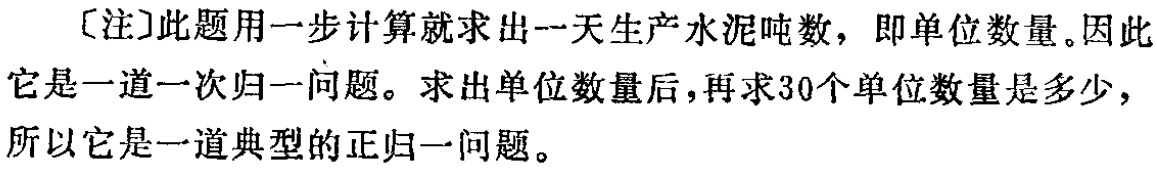
[注]此题用一步计算就求出一天生产水泥吨数，即单位数量。因此它是一道一次归一问题。求出单位数量后，再求30个单位数量是多少，所以它是一道典型的正归一问题。